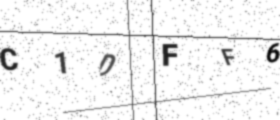
Text: C1DFF6